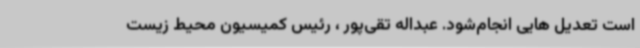
است تعدیل هایی انجام‌شود. عبداله تقی‌پور ، رئیس کمیسیون محیط زیست